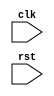
`timescale 1ns / 1ps
//////////////////////////////////////////////////////////////////////////////////
// Company: 
// 
// Design Name: 
// Module Name: nonblocking
// Project Name: 
// Target Devices: 
// Tool Versions: 
// Description: 
// 
// Dependencies: 
// 
// Revision:
// Revision 0.01 - File Created
// Additional Comments:
// 
//////////////////////////////////////////////////////////////////////////////////

module nonblocking(
clk,rst
    );
    input clk,rst;
    reg [1:0] a,b,c;
    always@(*)begin
        if(!rst)begin 
            a <= 2'd1;
            b <= 2'd2;
            c <= 2'd3;
        end
        else begin
            a <= c;
            b <= a;
            c <= b;
        end
    end
endmodule